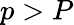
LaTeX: p>P